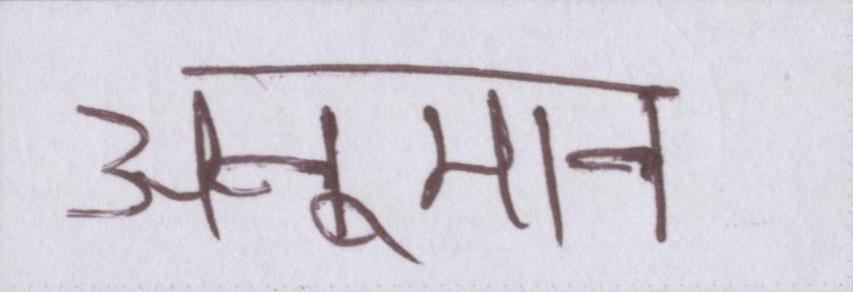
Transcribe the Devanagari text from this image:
अनुमान